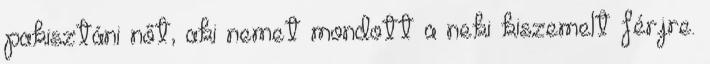
pakisztáni nőt, aki nemet mondott a neki kiszemelt férjre.